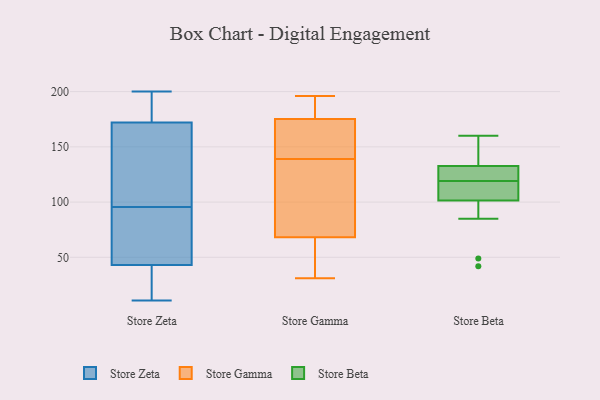
{"axis": {"x": "Headcount", "y": "Value"}, "legend": ["Store Beta", "Store Gamma", "Store Zeta"], "data": [{"x": "", "y": 51, "type": "Store Zeta"}, {"x": "", "y": 36, "type": "Store Zeta"}, {"x": "", "y": 65, "type": "Store Zeta"}, {"x": "", "y": 195, "type": "Store Zeta"}, {"x": "", "y": 31, "type": "Store Zeta"}, {"x": "", "y": 43, "type": "Store Zeta"}, {"x": "", "y": 170, "type": "Store Zeta"}, {"x": "", "y": 200, "type": "Store Zeta"}, {"x": "", "y": 142, "type": "Store Zeta"}, {"x": "", "y": 11, "type": "Store Zeta"}, {"x": "", "y": 116, "type": "Store Zeta"}, {"x": "", "y": 175, "type": "Store Zeta"}, {"x": "", "y": 22, "type": "Store Zeta"}, {"x": "", "y": 177, "type": "Store Zeta"}, {"x": "", "y": 67, "type": "Store Zeta"}, {"x": "", "y": 172, "type": "Store Zeta"}, {"x": "", "y": 108, "type": "Store Zeta"}, {"x": "", "y": 83, "type": "Store Zeta"}, {"x": "", "y": 104, "type": "Store Gamma"}, {"x": "", "y": 196, "type": "Store Gamma"}, {"x": "", "y": 160, "type": "Store Gamma"}, {"x": "", "y": 31, "type": "Store Gamma"}, {"x": "", "y": 64, "type": "Store Gamma"}, {"x": "", "y": 81, "type": "Store Gamma"}, {"x": "", "y": 49, "type": "Store Gamma"}, {"x": "", "y": 192, "type": "Store Gamma"}, {"x": "", "y": 176, "type": "Store Gamma"}, {"x": "", "y": 173, "type": "Store Gamma"}, {"x": "", "y": 139, "type": "Store Gamma"}, {"x": "", "y": 136, "type": "Store Beta"}, {"x": "", "y": 121, "type": "Store Beta"}, {"x": "", "y": 85, "type": "Store Beta"}, {"x": "", "y": 132, "type": "Store Beta"}, {"x": "", "y": 120, "type": "Store Beta"}, {"x": "", "y": 109, "type": "Store Beta"}, {"x": "", "y": 42, "type": "Store Beta"}, {"x": "", "y": 111, "type": "Store Beta"}, {"x": "", "y": 135, "type": "Store Beta"}, {"x": "", "y": 119, "type": "Store Beta"}, {"x": "", "y": 160, "type": "Store Beta"}, {"x": "", "y": 49, "type": "Store Beta"}, {"x": "", "y": 107, "type": "Store Beta"}]}